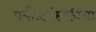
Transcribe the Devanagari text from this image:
पर्यटकांसाठीचा